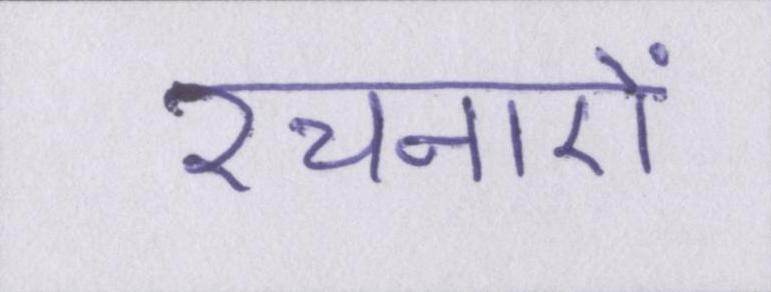
रचनाऐं